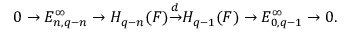
0 \to E _ { n , q - n } ^ { \infty } \to H _ { q - n } ( F ) { \overset { d } { \to } } H _ { q - 1 } ( F ) \to E _ { 0 , q - 1 } ^ { \infty } \to 0 .